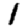
Digit: 1